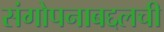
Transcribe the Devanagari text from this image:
संगोपनाबद्दलची